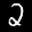
Label: 2